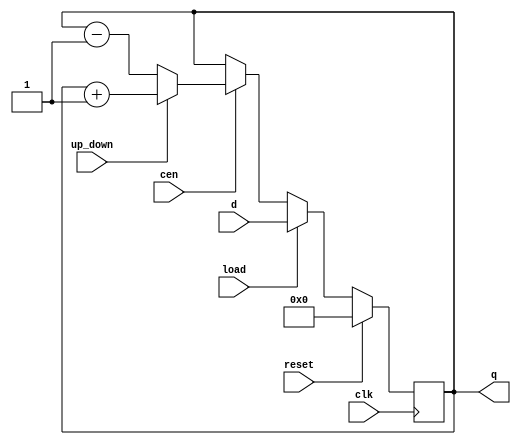
module loadable_counter (
    input wire clk,               // Clock input
    input wire reset,             // Synchronous reset input
    input wire load,              // Load enable signal
    input wire cen,               // Count enable signal
    input wire up_down,           // Up/Down control signal (1 for up, 0 for down)
    input wire [7:0] d,           // Data input for loading value (8-bit wide, adjust as needed)
    output reg [7:0] q            // Count output (8-bit wide, adjust as needed)
);

    // Synchronous process for counter
    always @(posedge clk) begin
        if (reset) begin
            // Reset the counter to zero (or another specified initial value)
            q <= 8'b00000000;
        end else if (load) begin
            // Load the input value into the counter
            q <= d;
        end else if (cen) begin
            // Counting logic
            if (up_down) begin
                // Count up
                q <= q + 1;
            end else begin
                // Count down
                q <= q - 1;
            end
        end
        // Else case: Hold the current value when Count Enable is not asserted
    end

endmodule